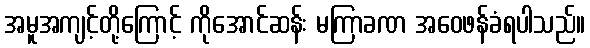
အမူအကျင့်တို့ကြောင့် ကိုအောင်ဆန်း မကြာခဏ အဝေဖန်ခံရပါသည်။